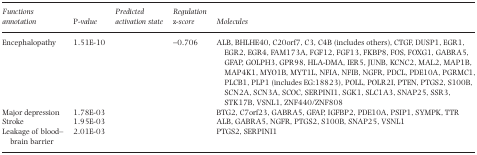
<table><thead><tr><td><b>Functions annotation</b></td><td><b><i>P</i>-value</b></td><td><b>Predicted activation state</b></td><td><b>Regulation <i>z</i>-score</b></td><td><b>Molecules</b></td></tr></thead><tbody><tr><td>Encephalopathy</td><td>1.51E-10</td><td></td><td>−0.706</td><td>ALB, BHLHE40, C20orf7, C3, C4B (includes others), CTGF, DUSP1, EGR1, EGR2, EGR4, FAM173A, FGF12, FGF13, FKBP8, FOS, FOXG1, GABRA5, GFAP, GOLPH3, GPR98, HLA-DMA, IER5, JUNB, KCNC2, MAL2, MAP1B, MAP4K1, MYO1B, MYT1L, NFIA, NFIB, NGFR, PDCL, PDE10A, PGRMC1, PLCB1, PLP1 (includes EG:18823), POLL, POLR2I, PTEN, PTGS2, S100B, SCN2A, SCN3A, SCOC, SERPINI1, SGK1, SLC1A3, SNAP25, SSR3, STK17B, VSNL1, ZNF440/ZNF808</td></tr><tr><td>Major depression</td><td>1.78E-03</td><td></td><td></td><td>BTG2, C7orf23, GABRA5, GFAP, IGFBP2, PDE10A, PSIP1, SYMPK, TTR</td></tr><tr><td>Stroke</td><td>1.95E-03</td><td></td><td></td><td>ALB, GABRA5, NGFR, PTGS2, S100B, SNAP25, VSNL1</td></tr><tr><td>Leakage of blood–brain barrier</td><td>2.01E-03</td><td></td><td></td><td>PTGS2, SERPINI1</td></tr></tbody></table>